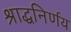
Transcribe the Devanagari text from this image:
श्राद्धनिर्णय